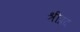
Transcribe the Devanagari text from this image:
श्रीप्रद